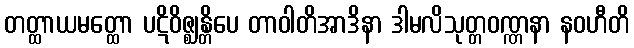
တတ္ထာယမတ္ထော ပဋိဝိဇ္ဈန္တိပေ တာဝါတိအာဒိနာ ဒါမလိသုတ္တဝဏ္ဏနာ နဝဟီတိ